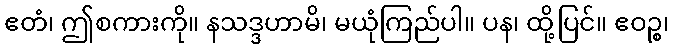
ဧတံ၊ ဤစကားကို။ နသဒ္ဒဟာမိ၊ မယုံကြည်ပါ။ ပန၊ ထို့ပြင်။ ဧဝဉ္စ၊